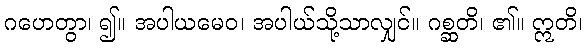
ဂဟေတွာ၊ ၍။ အပါယမေဝ၊ အပါယ်သို့သာလျှင်။ ဂစ္ဆတိ၊ ၏။ ဣတိ၊